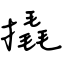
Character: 撬